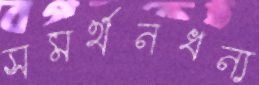
সমর্থনধন্য